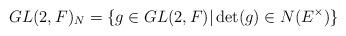
LaTeX: \begin{align*} GL(2,F)_N = \{ g\in GL(2,F)| \det(g)\in N(E^{\times})\} \end{align*}